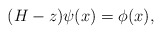
\begin{align*} (H-z)\psi(x)=\phi(x),\end{align*}